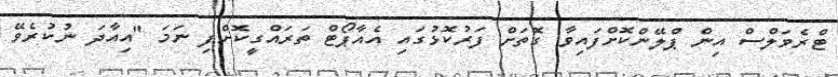
ޓްރެވަލްސް އިން ޕްލޭންކޮށްފައިވާ ގޮތަށް ފަރުކޮޅުގައި އެއާޕޯޓް ތަރައްގީކޮށްފި ނަމަ "އިއާދަ ނުކުރެވޭ